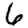
Digit: 6